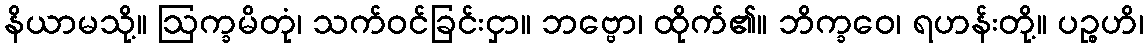
နိယာမသို့။ ဩက္ခမိတုံ၊ သက်ဝင်ခြင်းငှာ။ ဘဗ္ဗော၊ ထိုက်၏။ ဘိက္ခဝေ၊ ရဟန်းတို့။ ပဉ္စဟိ၊